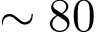
\sim 8 0